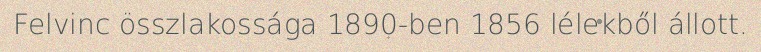
Felvinc összlakossága 1890-ben 1856 lélekből állott.